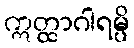
ဣတ္ထာဂါရမ္ပိ